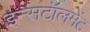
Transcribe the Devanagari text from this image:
इन्सटॉलमेंट